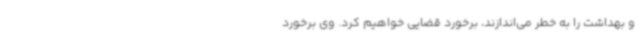
و بهداشت را به خطر می‌اندازند، برخورد قضایی خواهیم کرد. وی برخورد